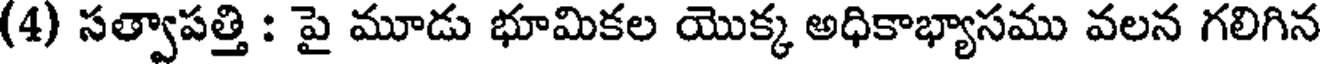
(4) సత్వాపత్తి : పై మూడు భూమికల యొక్క అధికాభ్యాసము వలన గలిగిన